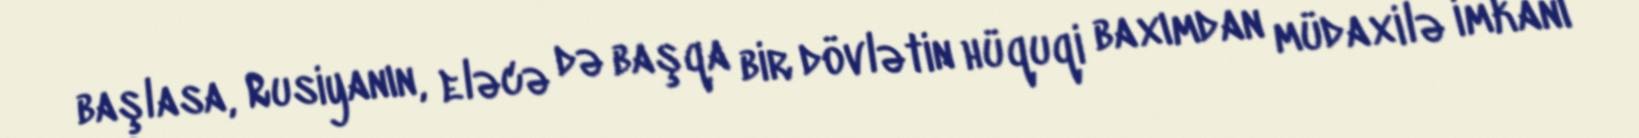
başlasa, Rusiyanın, eləcə də başqa bir dövlətin hüquqi baxımdan müdaxilə imkanı